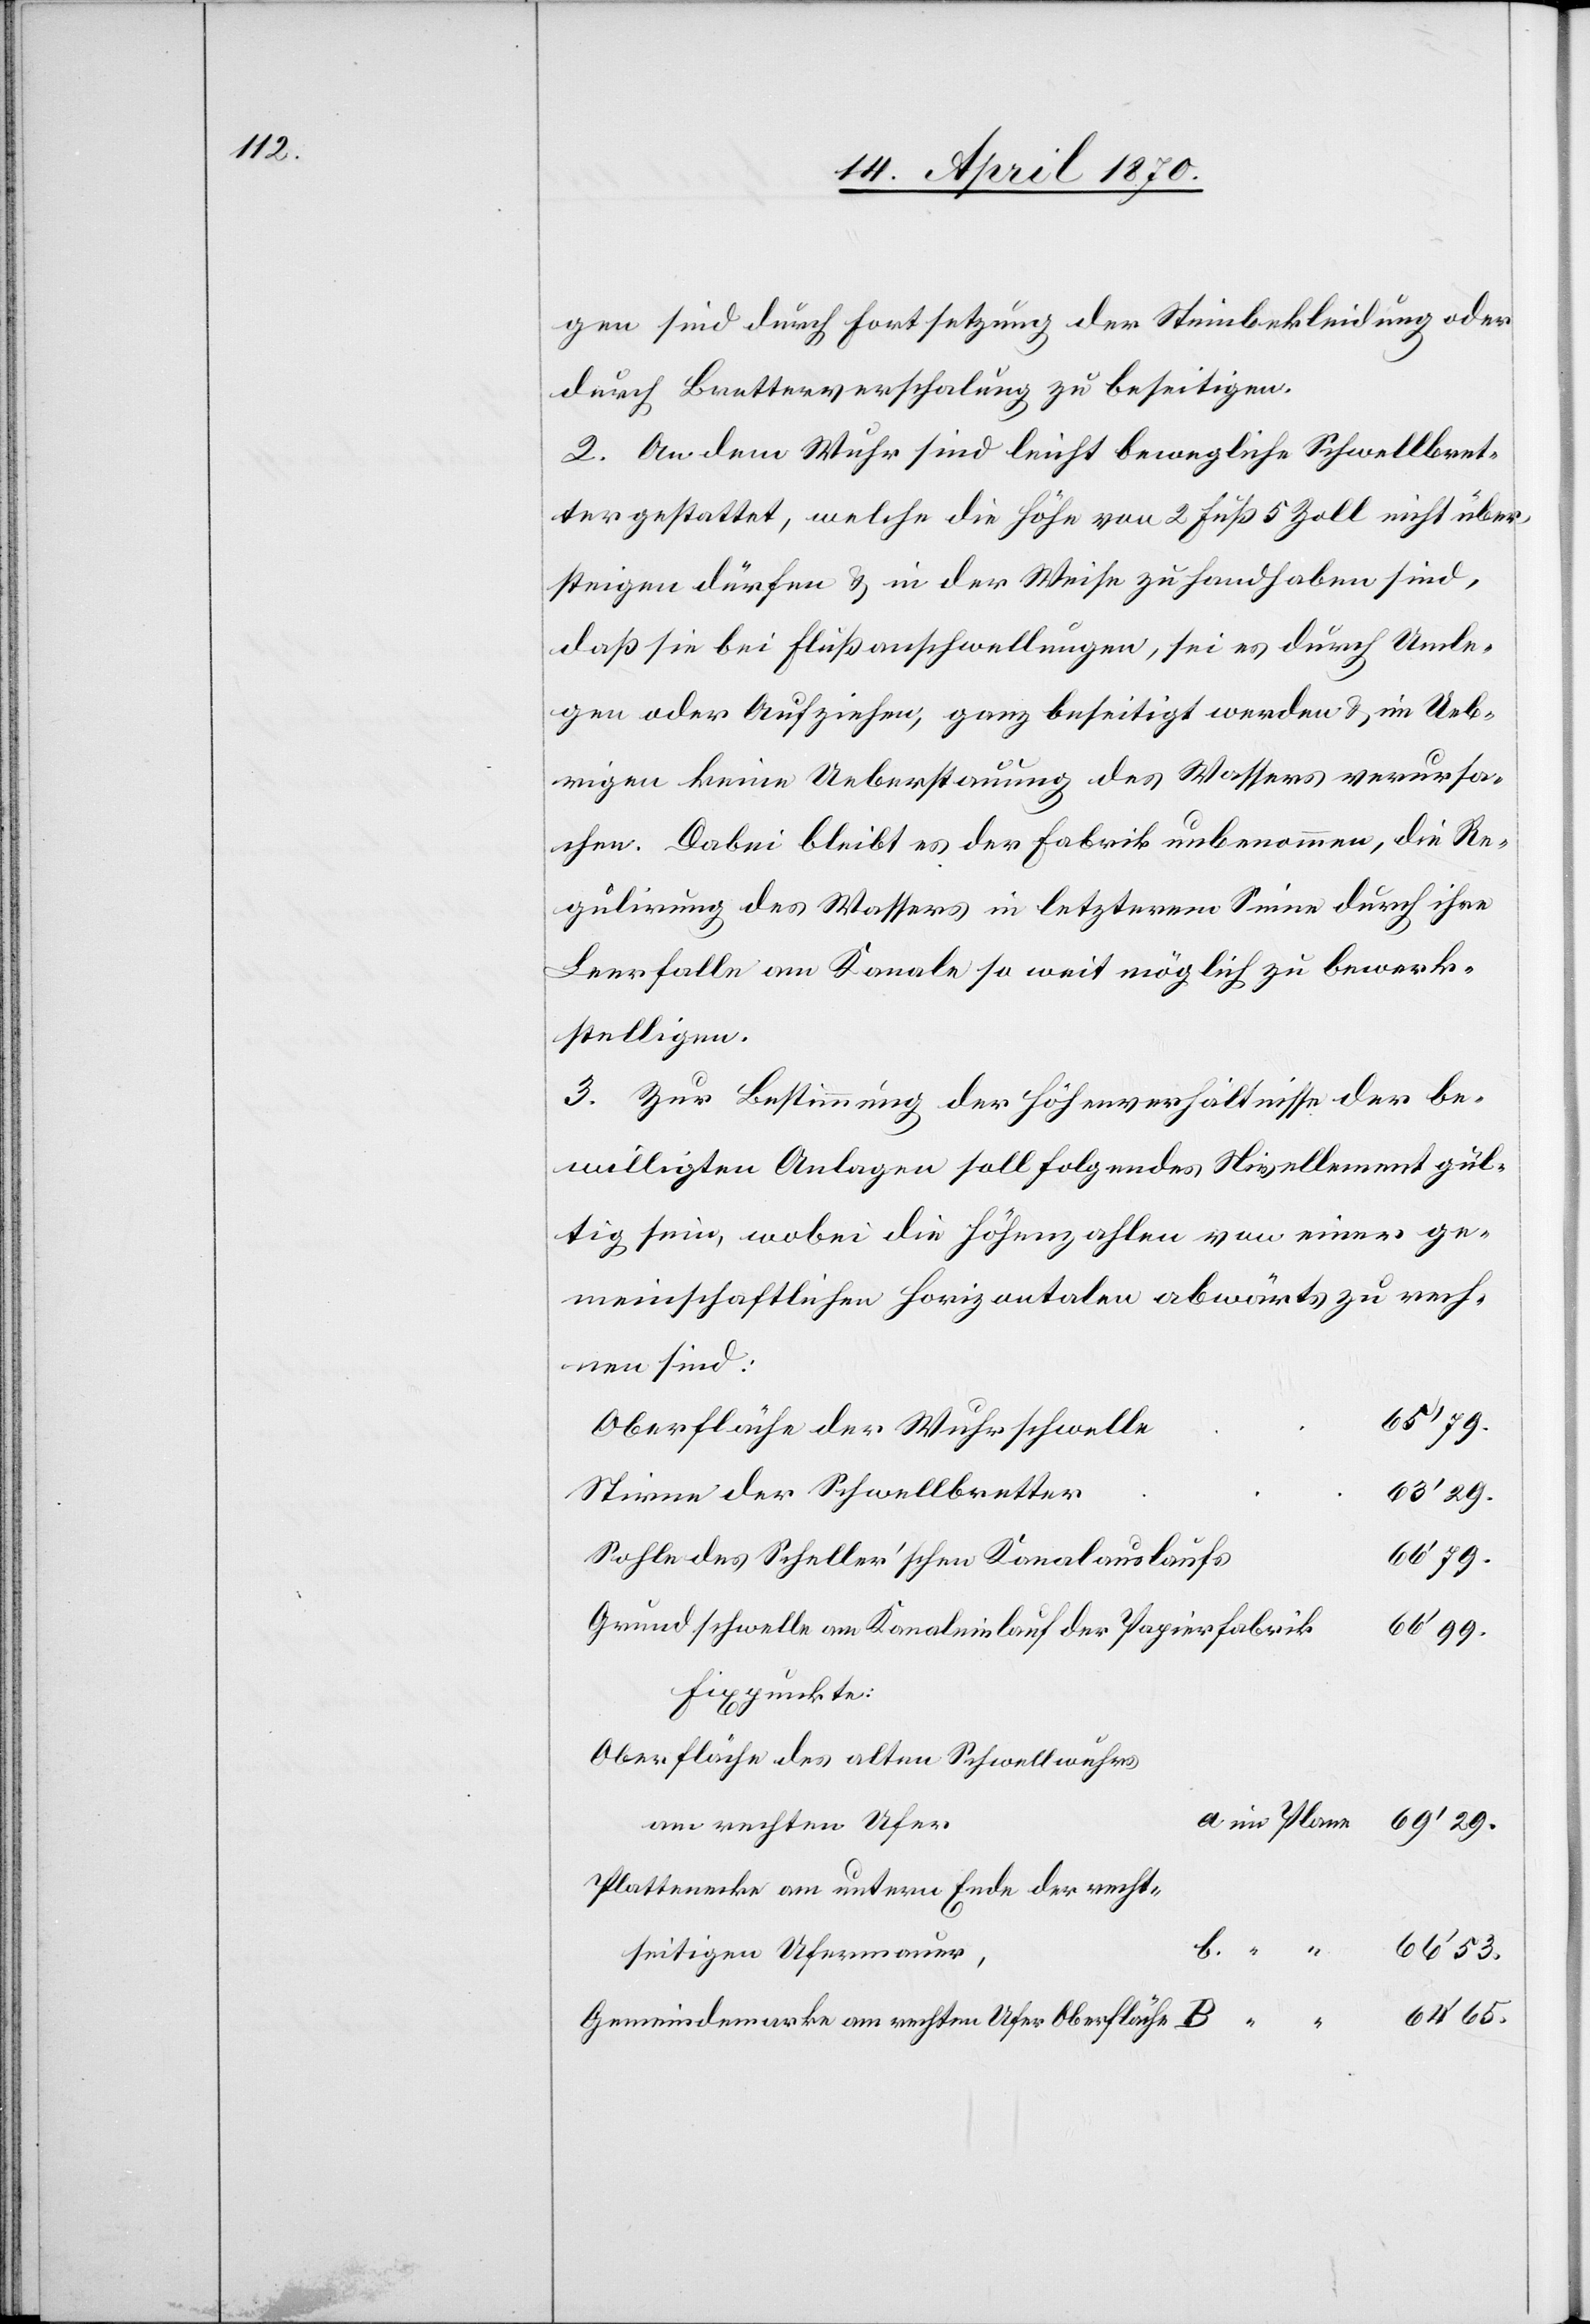
gen sind durch Fortsetzung der Steinbekleidung oder
durch Bretterverschalung zu beseitigen.
2. An dem Wuhr sind leicht bewegliche Schwellbret¬
ter gestattet, welche die Höhe von 2 Fuß 5 Zoll nicht über¬
steigen dürfen & in der Weise zu handhaben sind,
daß sie bei Flußanschwellungen, sei es durch Umle¬
gen oder Aufziehen, ganz beseitigt werden & im Ueb¬
rigen keine Ueberstauung des Wassers verursa¬
chen. Dabei bleibt es der Fabrik unbenommen, die Re¬
gulirung des Wassers in letzterem Sinne durch ihre
Leerfalle am Kanale so weit möglich zu bewerk¬
stelligen.
3. Zur Bestimmung der Höhenverhältnisse der be¬
willigten Anlagen soll folgendes Nivellement gül¬
tig sein, wobei die Höhenzahlen von einer ge¬
meinschaftlichen Horizontalen abwärts zu rech¬
nen sind:
65‘ 79.
Oberfläche der Wuhrschwelle
Stirne der Schwellbretter
63‘ 29.
66’ 79.
Sohle des Scheller’schen Kanalauslaufs
Grundschwelle am Kanaleinlauf der Papierfabrik
69‘ 29.
Fixpunkte:
Oberfläche des alten Schwellwuhrs
am rechten Ufer
Plattenecke am untern Ende der recht¬
seitigen Ufermauer,
Gemeindemarke am rechten Ufer Oberfläche B “ “